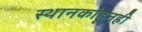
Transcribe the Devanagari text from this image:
स्थानकांहूनही